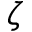
\zeta